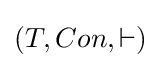
(T,Con,\vdash )